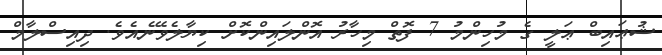
ޝުޢައިބް ޢަލީ ގެ މުހިންމު 7 ފޮތް މިހާރު އޮންލައިންކޮށް ކިޔާލެވޭނެއެވެ. ދިއިސްލާމް